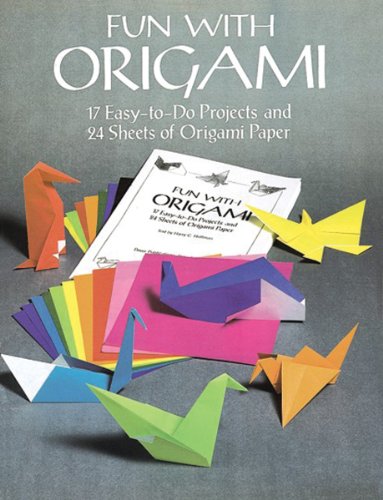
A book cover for Fun with Origami: 17 Easy-to-Do Projects and 24 Sheets of Origami Paper (Dover Origami Papercraft); Dover; Humor & Entertainment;